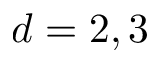
d = 2 , 3